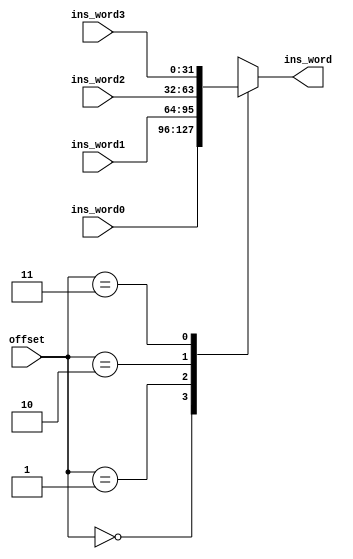
//E/16/078
//mux to select instruction word from instruction word block, according to the offset

 `timescale  1ns/100ps

module mux_get_ins_word (ins_word0, ins_word1, ins_word2, ins_word3, offset, ins_word);

	//port declaration
	input [31:0]ins_word0;
	input [31:0]ins_word1;
	input [31:0]ins_word2;
	input [31:0]ins_word3;
	input [1:0]offset;
	
	output reg [31:0]ins_word;
	
	always @ (ins_word0, ins_word1, ins_word2, ins_word3, offset)
	begin
	
		#1 //instruction word selection delay 
		
		case(offset)			
			2'b00: ins_word = ins_word0;
			2'b01: ins_word = ins_word1;
			2'b10: ins_word = ins_word2;
			2'b11: ins_word = ins_word3;		
		endcase
	end
	
endmodule